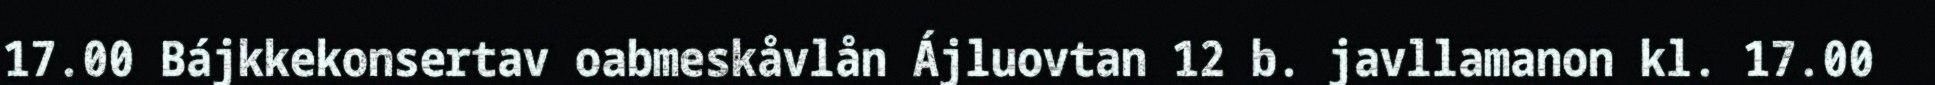
17.00 Bájkkekonsertav oabmeskåvlån Ájluovtan 12 b. javllamanon kl. 17.00